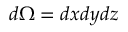
d \Omega = d x d y d z